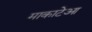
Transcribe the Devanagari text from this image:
माकाटेआ